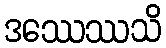
ဒဿေဿသိ